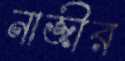
নাজীর